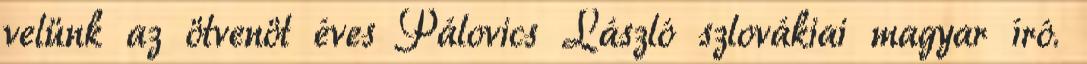
velünk az ötvenöt éves Pálovics László szlovákiai magyar író.